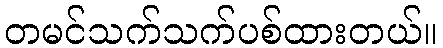
တမင်သက်သက်ပစ်ထားတယ်။